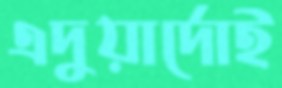
এদুয়ার্দোই